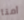
أمنا